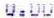
0.00